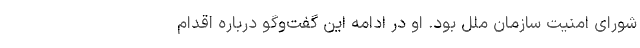
شورای امنیت سازمان ملل بود. او در ادامه این گفت‌وگو درباره اقدام